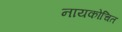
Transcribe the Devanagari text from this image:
नायकोचित